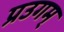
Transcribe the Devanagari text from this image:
प्रउगम्